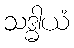
သဒ္ဓါယံ